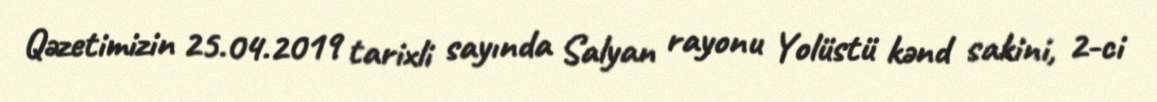
Qəzetimizin 25.04.2019 tarixli sayında Salyan rayonu Yolüstü kənd sakini, 2-ci